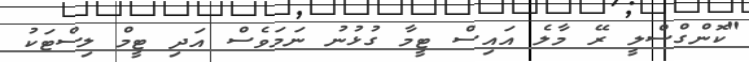
"ކޮންގްސްލީ ރޭ މާލެ އައިސް ޓީމާ ގުޅުނު ނަމަވެސް އަދި ޓީމް ލިސްޓަކު